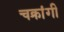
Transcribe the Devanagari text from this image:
चक्रांगी